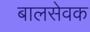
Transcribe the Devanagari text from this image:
बालसेवक